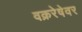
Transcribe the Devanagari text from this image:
वक्ररेषेवर